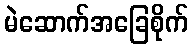
မဲဆောက်အခြေစိုက်